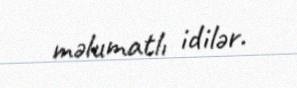
məlumatlı idilər.